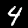
Digit: 4